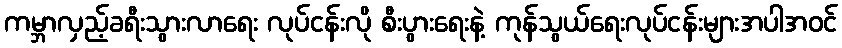
ကမ္ဘာလှည့်ခရီးသွားလာရေး လုပ်ငန်းလို စီးပွားရေးနဲ့ ကုန်သွယ်ရေးလုပ်ငန်းများအပါအဝင်